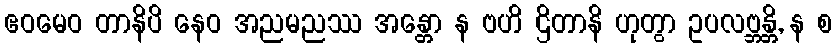
ဧဝမေဝ တာနိပိ နေဝ အညမညဿ အန္တော န ဗဟိ ဌိတာနိ ဟုတွာ ဥပလဗ္ဘန္တိ, န စ